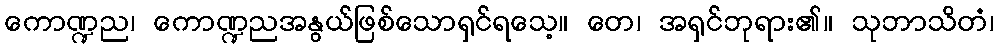
ကောဏ္ဍည၊ ကောဏ္ဍညအနွယ်ဖြစ်သောရှင်ရသေ့။ တေ၊ အရှင်ဘုရား၏။ သုဘာသိတံ၊